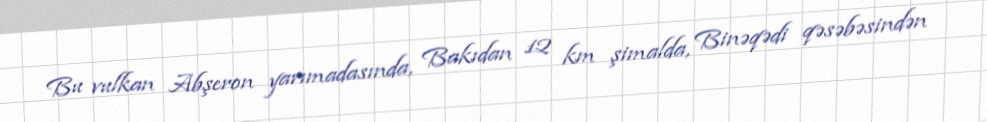
Bu vulkan Abşeron yarımadasında, Bakıdan 12 km şimalda, Binəqədi qəsəbəsindən